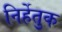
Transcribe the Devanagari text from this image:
निर्हेतुक